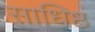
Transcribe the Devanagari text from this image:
साधिष्ठं